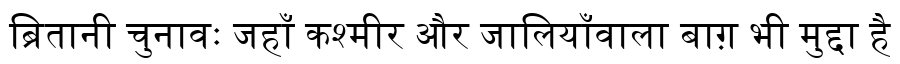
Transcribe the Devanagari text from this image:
ब्रितानी चुनावः जहाँ कश्मीर और जालियाँवाला बाग़ भी मुद्दा है